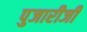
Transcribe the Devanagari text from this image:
पुजारीजी